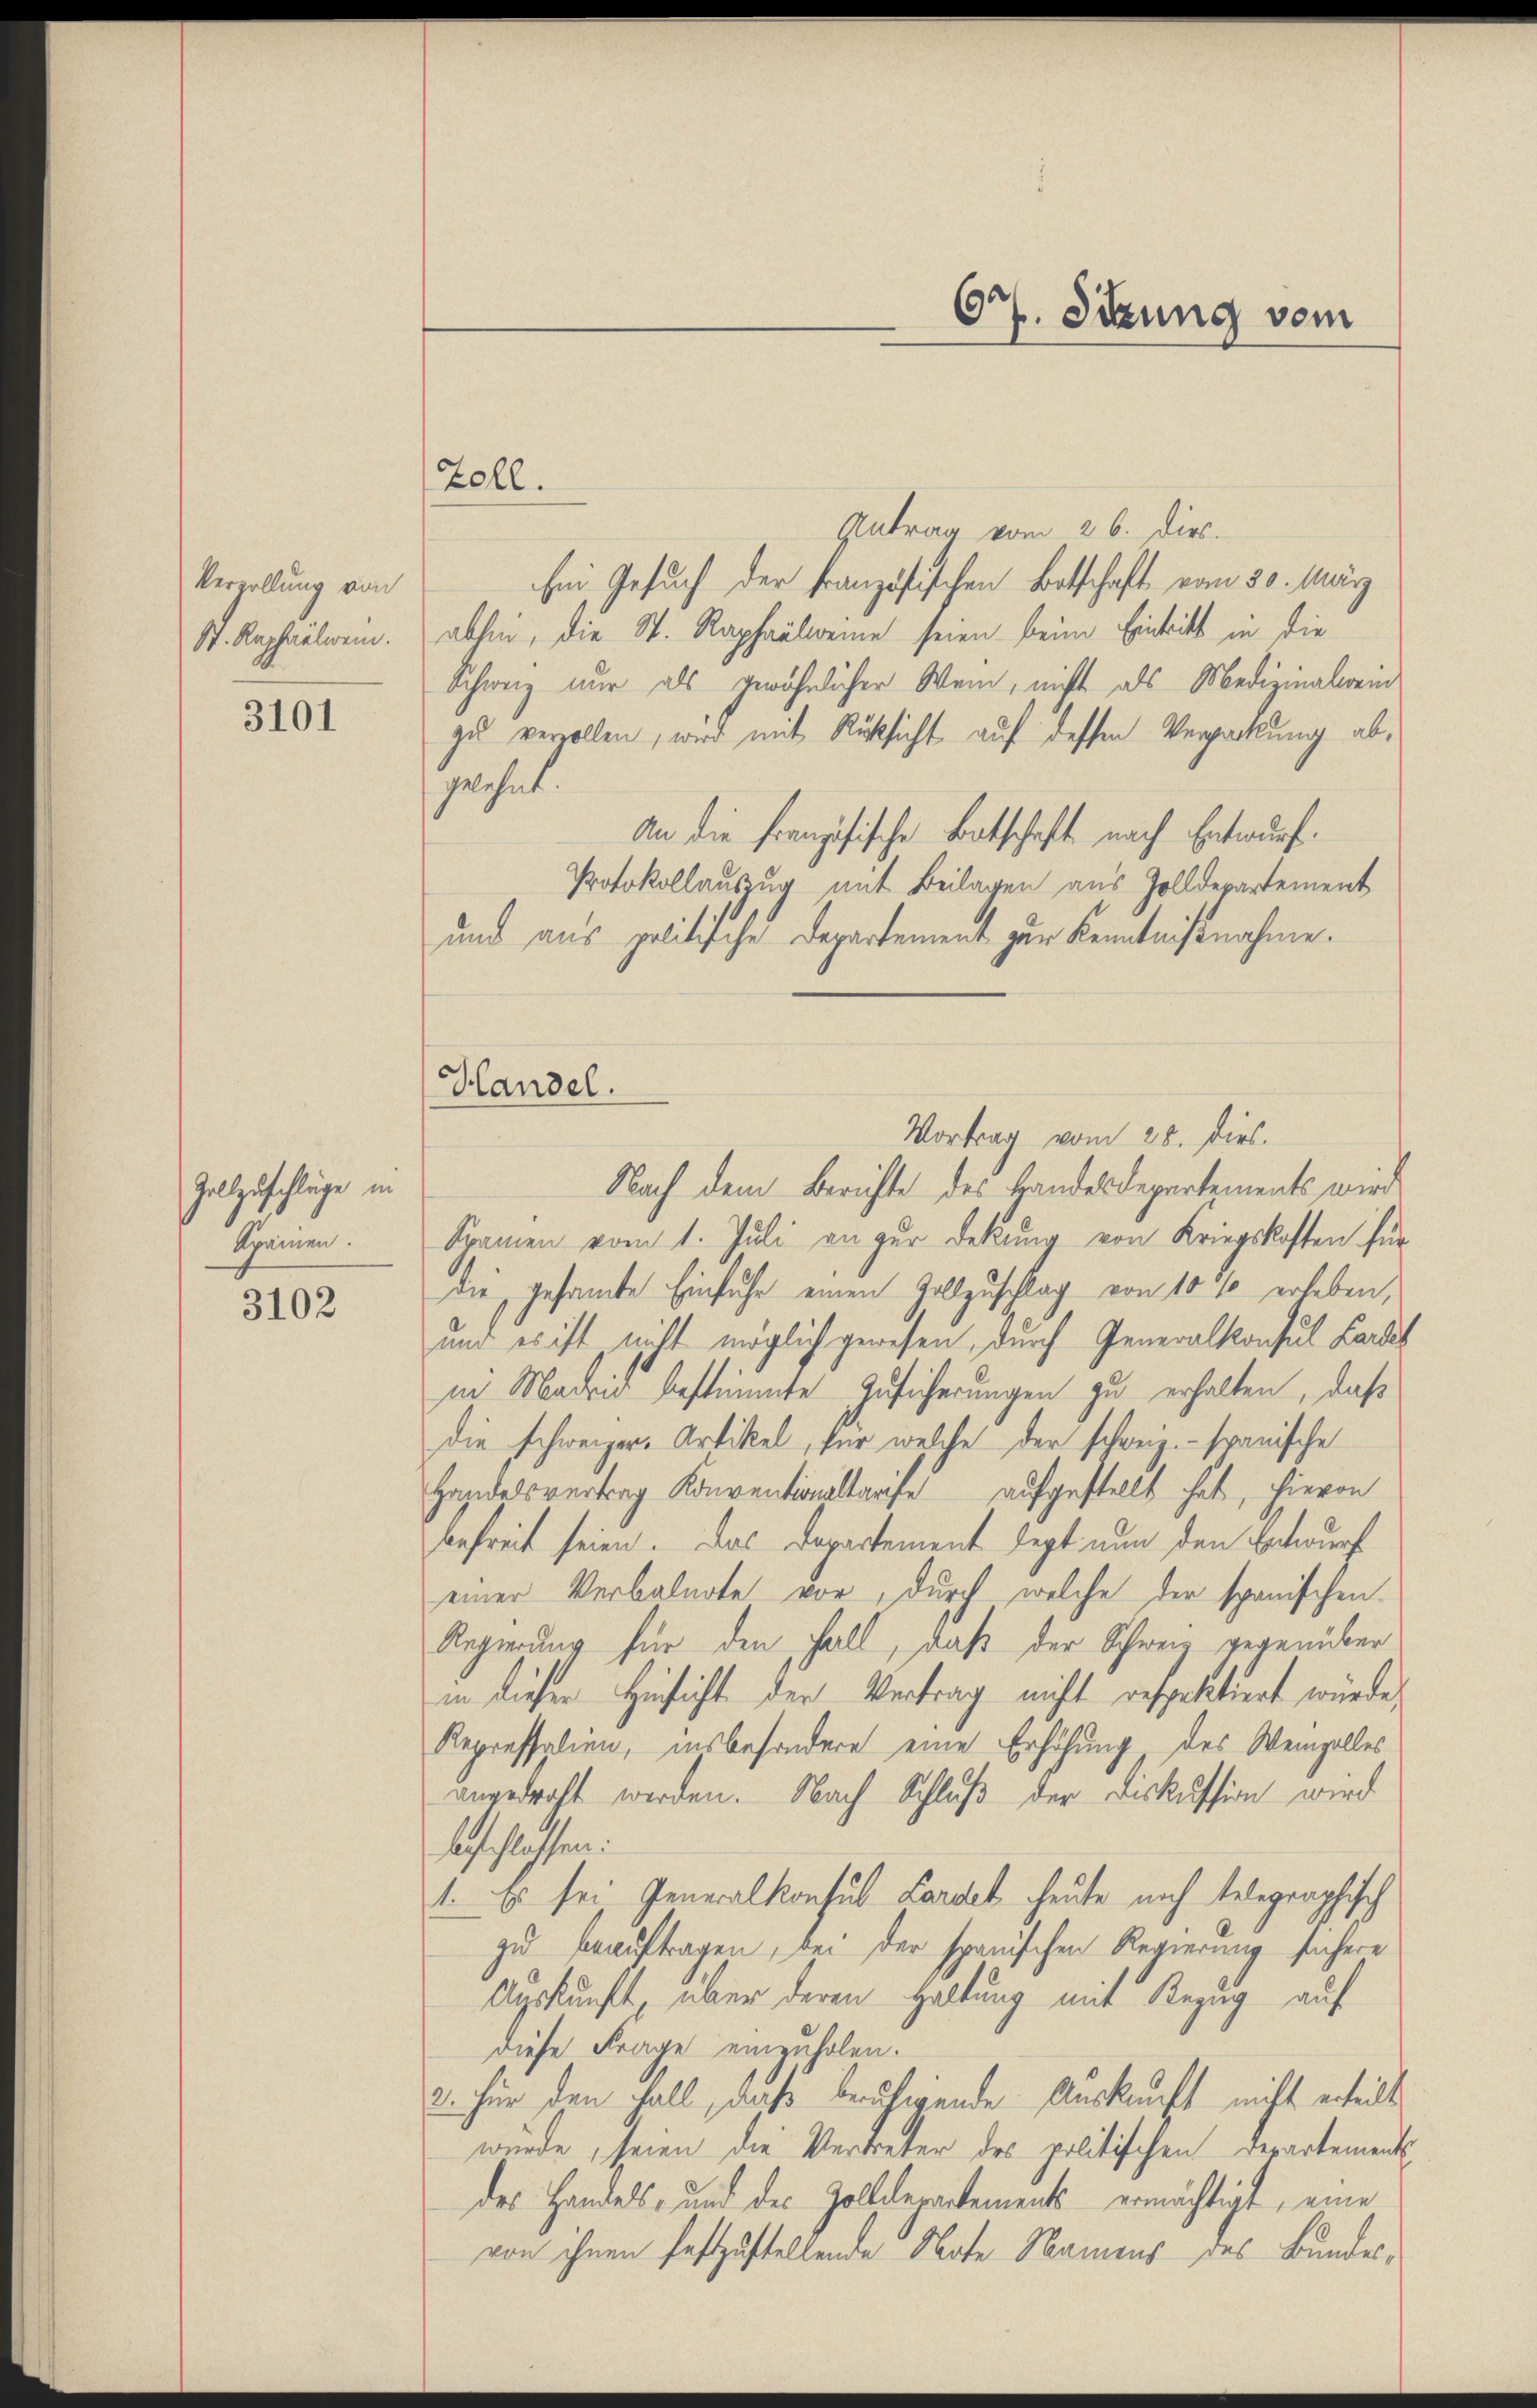
Verzellung von
St. Raphaelwei

3101

Zollzuschläge in
Apainen.

3102

67. Sitzung vom

Handel.

Zoll.
Antrag vom 26. dies.
Ein Gesuch der Französischen Botschaft vom 30. März
abhin, die St. Raphaelweine seien beim Eintritt in die
Schweiz nur als gewöhnlicher Wein, nicht als Medizinalwein
zu vervollen, wird mit Rücksicht auf dessen Verpackung abgelehnt.
An die französische Bootschaft nach Entwurf.
Protokollauszug mit Beilagen aus Zolldepartement
und aus politische Departement zur Kenntnißnahme.
Vortrag vom 28. Dies.
Nach dem Berichte des Handesdepartements wird
Kramen vom 1. Juli an zur Dekŭng von Kriegskosten für
die, gesamte Einfuhr einen Vollzuschlag von 10 % erleben,
und es ist nicht möglich gewesen, durch Generalkonsul Landel
in Madrid bestimmte Zusicherungen zu erhalten, daß
die schweizer. Artikel, für welche der schweiz.- spanische
Handelsvertrag Konventionaltarfe aufgestellt hat, hievon
befreit seien. Das Departement legt nun den Entwurf
einer Verbalnote vor, durch welche der spanischen
Regierung für den Fall, daß der Schweiz gegenüber
in dieser Hinsicht der Vertrag nicht respektiert würde,
Repressalien, insbesondere eine Erhöhung des Weinzelles
angedroht werden. Nach Schluß der Diskussion wird
beschlossen:
1. Es sei Generalkonsul Lardel heute noch telegraphisch
zu beauftragen, bei der spanischen Regierung sichere
Auskunft über deren Haltung mit Bezug auf
diese Frage einzuholen.
2. für den Fall, daß beruhigende Auskunft mitt erheilt
würde, seien die Vertreter des politischen Departements
des Handels- und des Zolldepartements ermächtigt, eine
von ihnen festzustellende Note Namens des Bundes¬